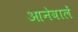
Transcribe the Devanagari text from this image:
आनेवालें